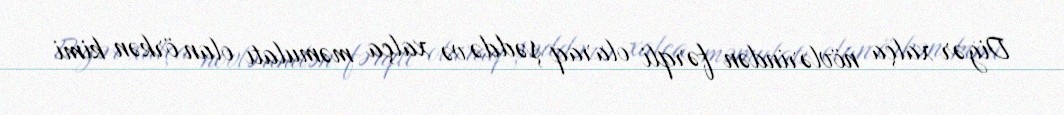
Digər xalça növlərindən fərqli olaraq şəddə və xalça məmulatı olan örkən kimi